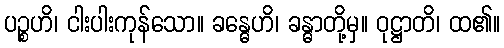
ပဉ္စဟိ၊ ငါးပါးကုန်သော။ ခန္ဓေဟိ၊ ခန္ဓာတို့မှ။ ဝုဋ္ဌာတိ၊ ထ၏။